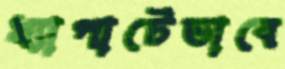
খ্যাপাটেভাবে